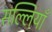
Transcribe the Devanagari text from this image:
सल्लियाँ